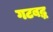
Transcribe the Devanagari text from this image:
गटबद्ध